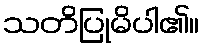
သတိပြုမိပါ၏။